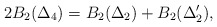
\begin{align*}2B_{2}(\Delta_{4})=B_{2}(\Delta_{2}) + B_{2}(\Delta'_{2}),\end{align*}